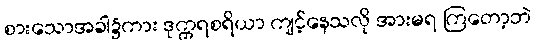
စားသောအခါ၌ကား ဒုက္ကရစရိယာ ကျင့်နေသလို အားမရ ကြတော့ဘဲ